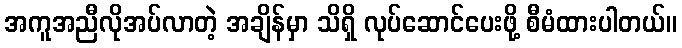
အကူအညီလိုအပ်လာတဲ့ အချိန်မှာ သိရှိ လုပ်ဆောင်ပေးဖို့ စီမံထားပါတယ်။